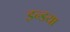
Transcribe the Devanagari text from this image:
इन्डया